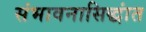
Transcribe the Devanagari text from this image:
संभावनासिद्धांत